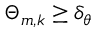
\Theta _ { m , k } \ge \delta _ { \theta }